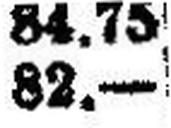
82.—